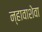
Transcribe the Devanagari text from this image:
न्हावाशेवा